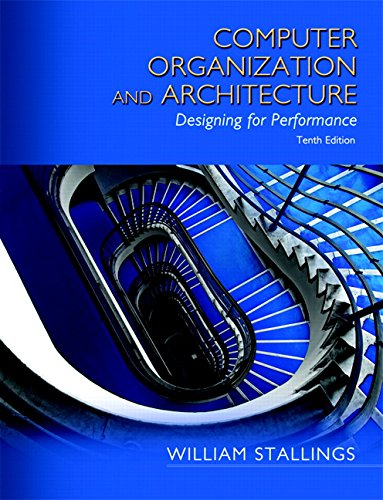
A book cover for Computer Organization and Architecture (10th Edition); William Stallings; Computers & Technology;